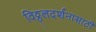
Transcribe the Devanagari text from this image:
विठ्ठलदर्शनासाठी